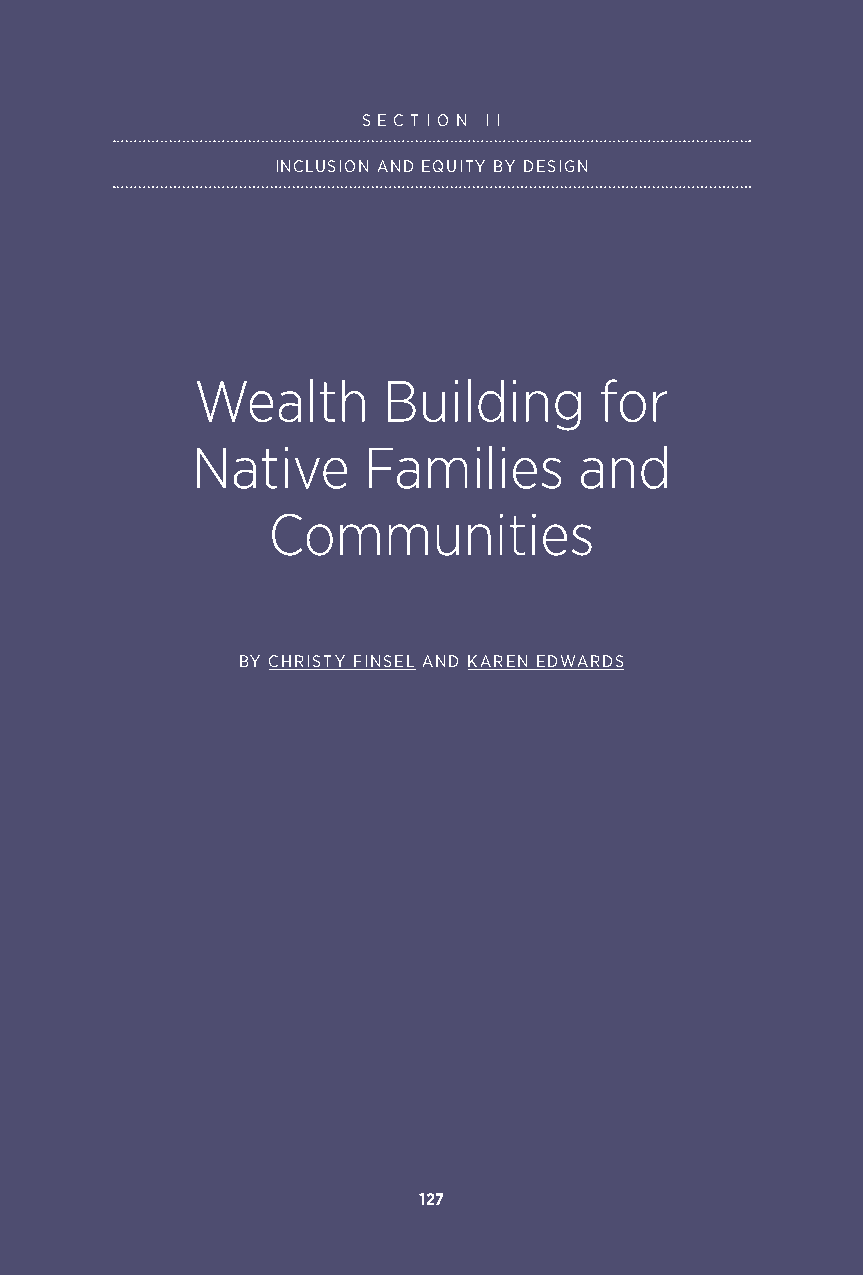
S E C T I O N I I
 INCLUSION AND EQUITY BY DESIGN
 Wealth      Building       for
 Native     Families      and
 Communities
 BY CHRISTY FINSEL AND KAREN EDWARDS
 127